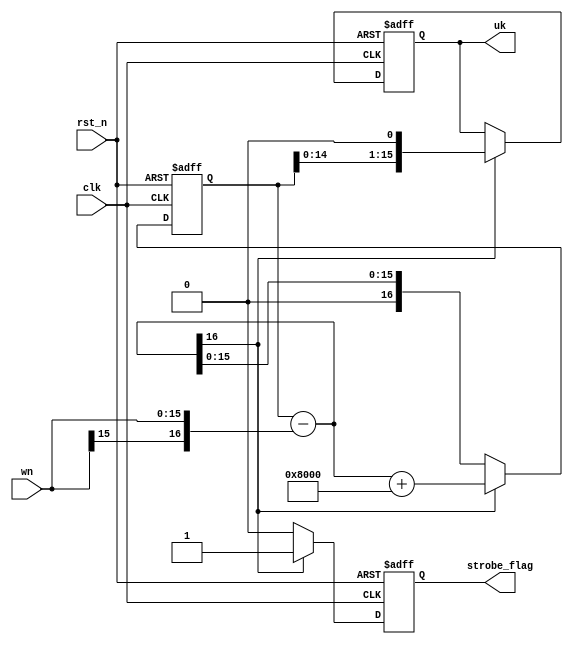
//NCOstrobe
module nco
(
    input wire          clk         ,
    input wire          rst_n       ,
    input wire [15:0]   wn          ,  //w(n)15bit
    
    output reg          strobe_flag ,  //nco
    output reg [15:0]   uk             //,15bit
);
    reg [16:0]   nco_reg_eta        ;  //nco
    wire         eta_overflow       ;  //nco
    wire[16:0]   eta_temp           ;  //ncomod1nco

    always @ (posedge clk or negedge rst_n) begin
        if(rst_n == 1'b0) begin
            nco_reg_eta <= 17'b0_0110_0000_0000_0000    ;   //nco0.75
            uk <= 16'b0100_0000_0000_0000               ;   //0.5
            strobe_flag <= 1'b0;
        end else if(eta_overflow) begin //nco
            strobe_flag <= 1'b1;
            // (mk+1) = (mk) - wn + 1
            //mod1nco
            nco_reg_eta <= eta_temp + 17'b0_1000_0000_0000_0000;
            
            //
            //k2(mk) 
            uk <= {nco_reg_eta[15:0],1'b0};  
        end else begin
            strobe_flag <= 1'b0;
            nco_reg_eta <= eta_temp;  //ncown
            uk <= uk;
        end
    end
    
    assign eta_temp = nco_reg_eta - {wn[15],wn};
    assign eta_overflow = eta_temp[16];  //1nco
    

endmodule